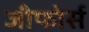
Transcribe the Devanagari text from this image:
जीफोर्स